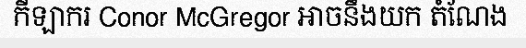
កីឡាករ Conor McGregor អាចនឹងយក តំណែង